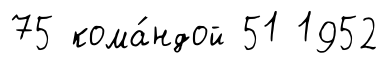
75 кома́ндой 51 1952